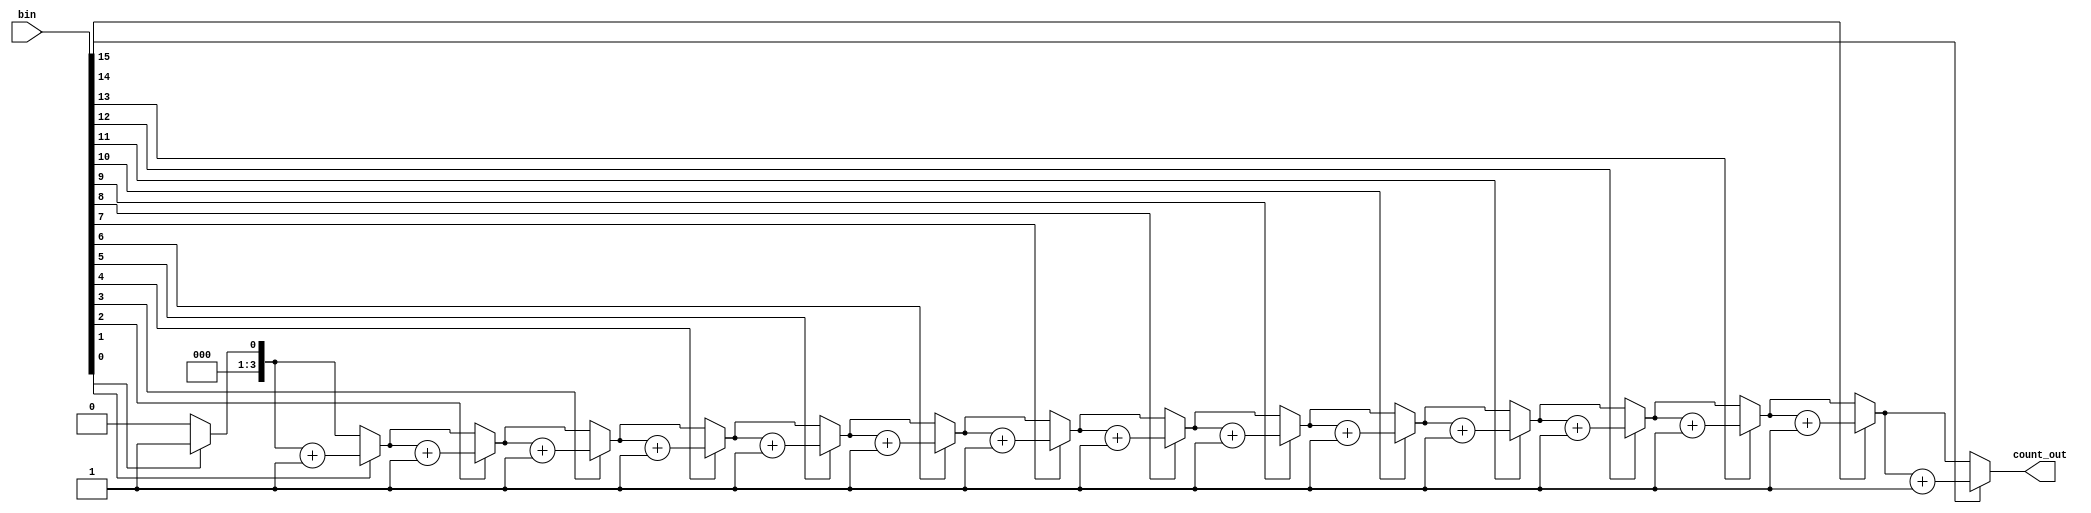

module count_ones
	#(parameter from = 16, parameter downto = 4)
    (
		input [from-1:0] bin,
		output [downto-1:0] count_out
    );

reg [downto-1:0] count;
integer i;
always @(*) begin : counter
	count = 0;
	for (i = 0; i <= (from-1); i=i+1) begin
		if (bin[i])
			count = count+1;
		else
			count = count;
	end
end

assign count_out = count;
endmodule